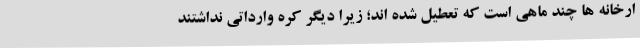
ارخانه ها چند ماهی است که تعطیل شده اند؛ زیرا دیگر کره وارداتی نداشتند